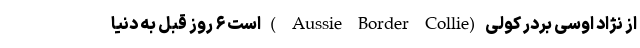
از نژاد اوسی بردر کولی (Aussie Border Collie ) است ۶ روز قبل به دنیا